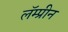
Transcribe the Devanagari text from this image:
लॅम्प्रीन